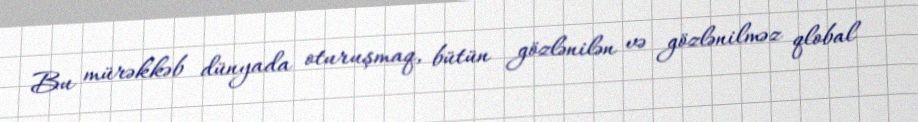
Bu mürəkkəb dünyada oturuşmaq, bütün gözlənilən və gözlənilməz qlobal